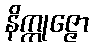
နိက္ကုဇ္ဇော